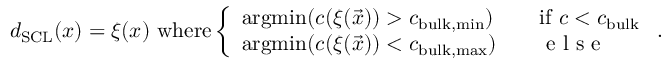
d _ { \mathrm { S C L } } ( \boldsymbol { x } ) = \xi ( \boldsymbol { x } ) \ \mathrm { w h e r e } \left\{ \begin{array} { l l } { \mathrm { a r g m i n } ( c ( \xi ( \vec { x } ) ) > c _ { \mathrm { b u l k , m i n } } ) } & { \quad \mathrm { i f } \ c < c _ { \mathrm { b u l k } } } \\ { \mathrm { a r g m i n } ( c ( \xi ( \vec { x } ) ) < c _ { \mathrm { b u l k , m a x } } ) } & { \quad \textrm { e l s e } } \end{array} \right. .